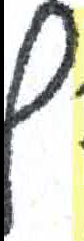
אות: ץ